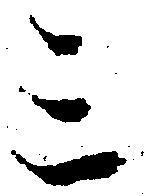
ミ